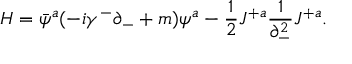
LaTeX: { \cal H } = \bar { \psi } ^ { a } ( - i \gamma ^ { - } \partial _ { - } + m ) \psi ^ { a } - { \frac { 1 } { 2 } } J ^ { + a } { \frac { 1 } { \partial _ { - } ^ { 2 } } } J ^ { + a } .